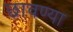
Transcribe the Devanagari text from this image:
छावण्‍या